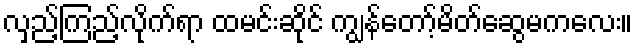
လှည့်ကြည့်လိုက်ရာ ထမင်းဆိုင် ကျွန်တော့်မိတ်ဆွေမကလေး။